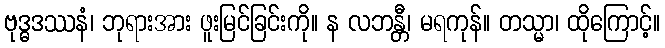
ဗုဒ္ဓဒဿနံ၊ ဘုရားအား ဖူးမြင်ခြင်းကို။ န လဘန္တီ၊ မရကုန်။ တသ္မာ၊ ထိုကြောင့်။